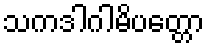
သကဒါဂါမိပတ္တော